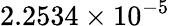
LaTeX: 2.2534\times 10^{-5}